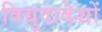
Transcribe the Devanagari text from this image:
विद्युदावेशों